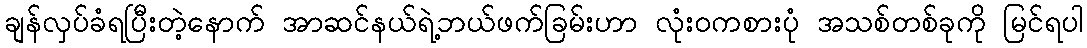
ချန်လှပ်ခံရပြီးတဲ့နောက် အာဆင်နယ်ရဲ့ဘယ်ဖက်ခြမ်းဟာ လုံးဝကစားပုံ အသစ်တစ်ခုကို မြင်ရပါ